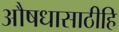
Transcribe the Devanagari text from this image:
औषधासाठीहि